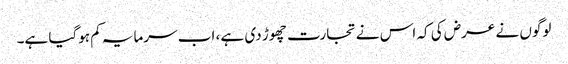
لوگوں نے عرض کی کہ اس نے تجارت چھوڑ دی ہے ، اب سرمایہ کم ہوگیا ہے۔